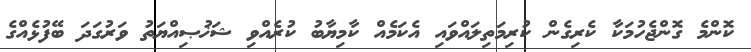
ކޮންމެ ގޮންޖެހުމަކާ ކެރިގެން ކުރިމަތިލައްވައި އެކަމެއް ކާމިޔާބު ކުރެއްވި ޝަޚުޞިއްޔަތު ވަރުގަދަ ބޭފުޅެއްގެ